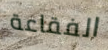
الفقاعة